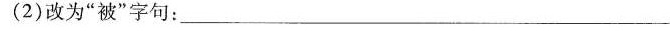
(2)改为”被”字句：